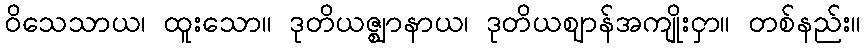
ဝိသေသာယ၊ ထူးသော။ ဒုတိယဇ္ဈာနာယ၊ ဒုတိယဈာန်အကျိုးငှာ။ တစ်နည်း။